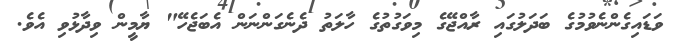
ވަޑައިގެންނެވުމުގެ ބަދަލުގައި ރާއްޖޭގެ މިވަގުތުގެ ހާލަތު ދެނެގަންނަން އެބަޖެހޭ" ޔާމީން ވިދާޅުވި އެވެ.